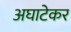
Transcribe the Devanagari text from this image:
अघाटेकर